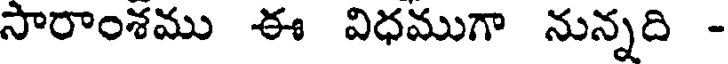
సారాంశము ఈ విధముగా నున్నది -